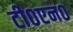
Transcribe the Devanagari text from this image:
टी०एन०